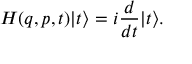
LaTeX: H ( q , p , t ) | t \rangle = i \frac { d } { d t } | t \rangle .